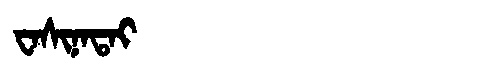
Manchu: ᠸᠠᠰᡳᠨᠠᡨᠠᡳ
Romanization: WASINATAI